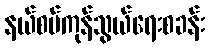
နယ်စပ်ကုန်သွယ်ရေးစခန်း